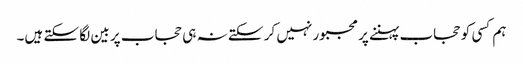
ہم کسی کو حجاب پہننے پر مجبور نہیں کر سکتے نہ ہی حجاب پر بین لگا سکتے ہیں۔